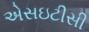
એસઇટીસી